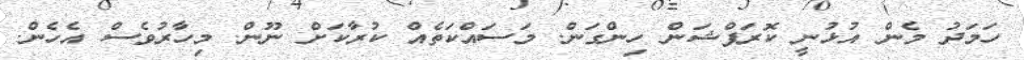
ހަމަދު މެން އުޅުނީ ކޮރަޕްޝަން ހިންގަން. މަސައްކަތެއް ކުރާކަށް ނޫން. މިހާރުވެސް އެހެން.